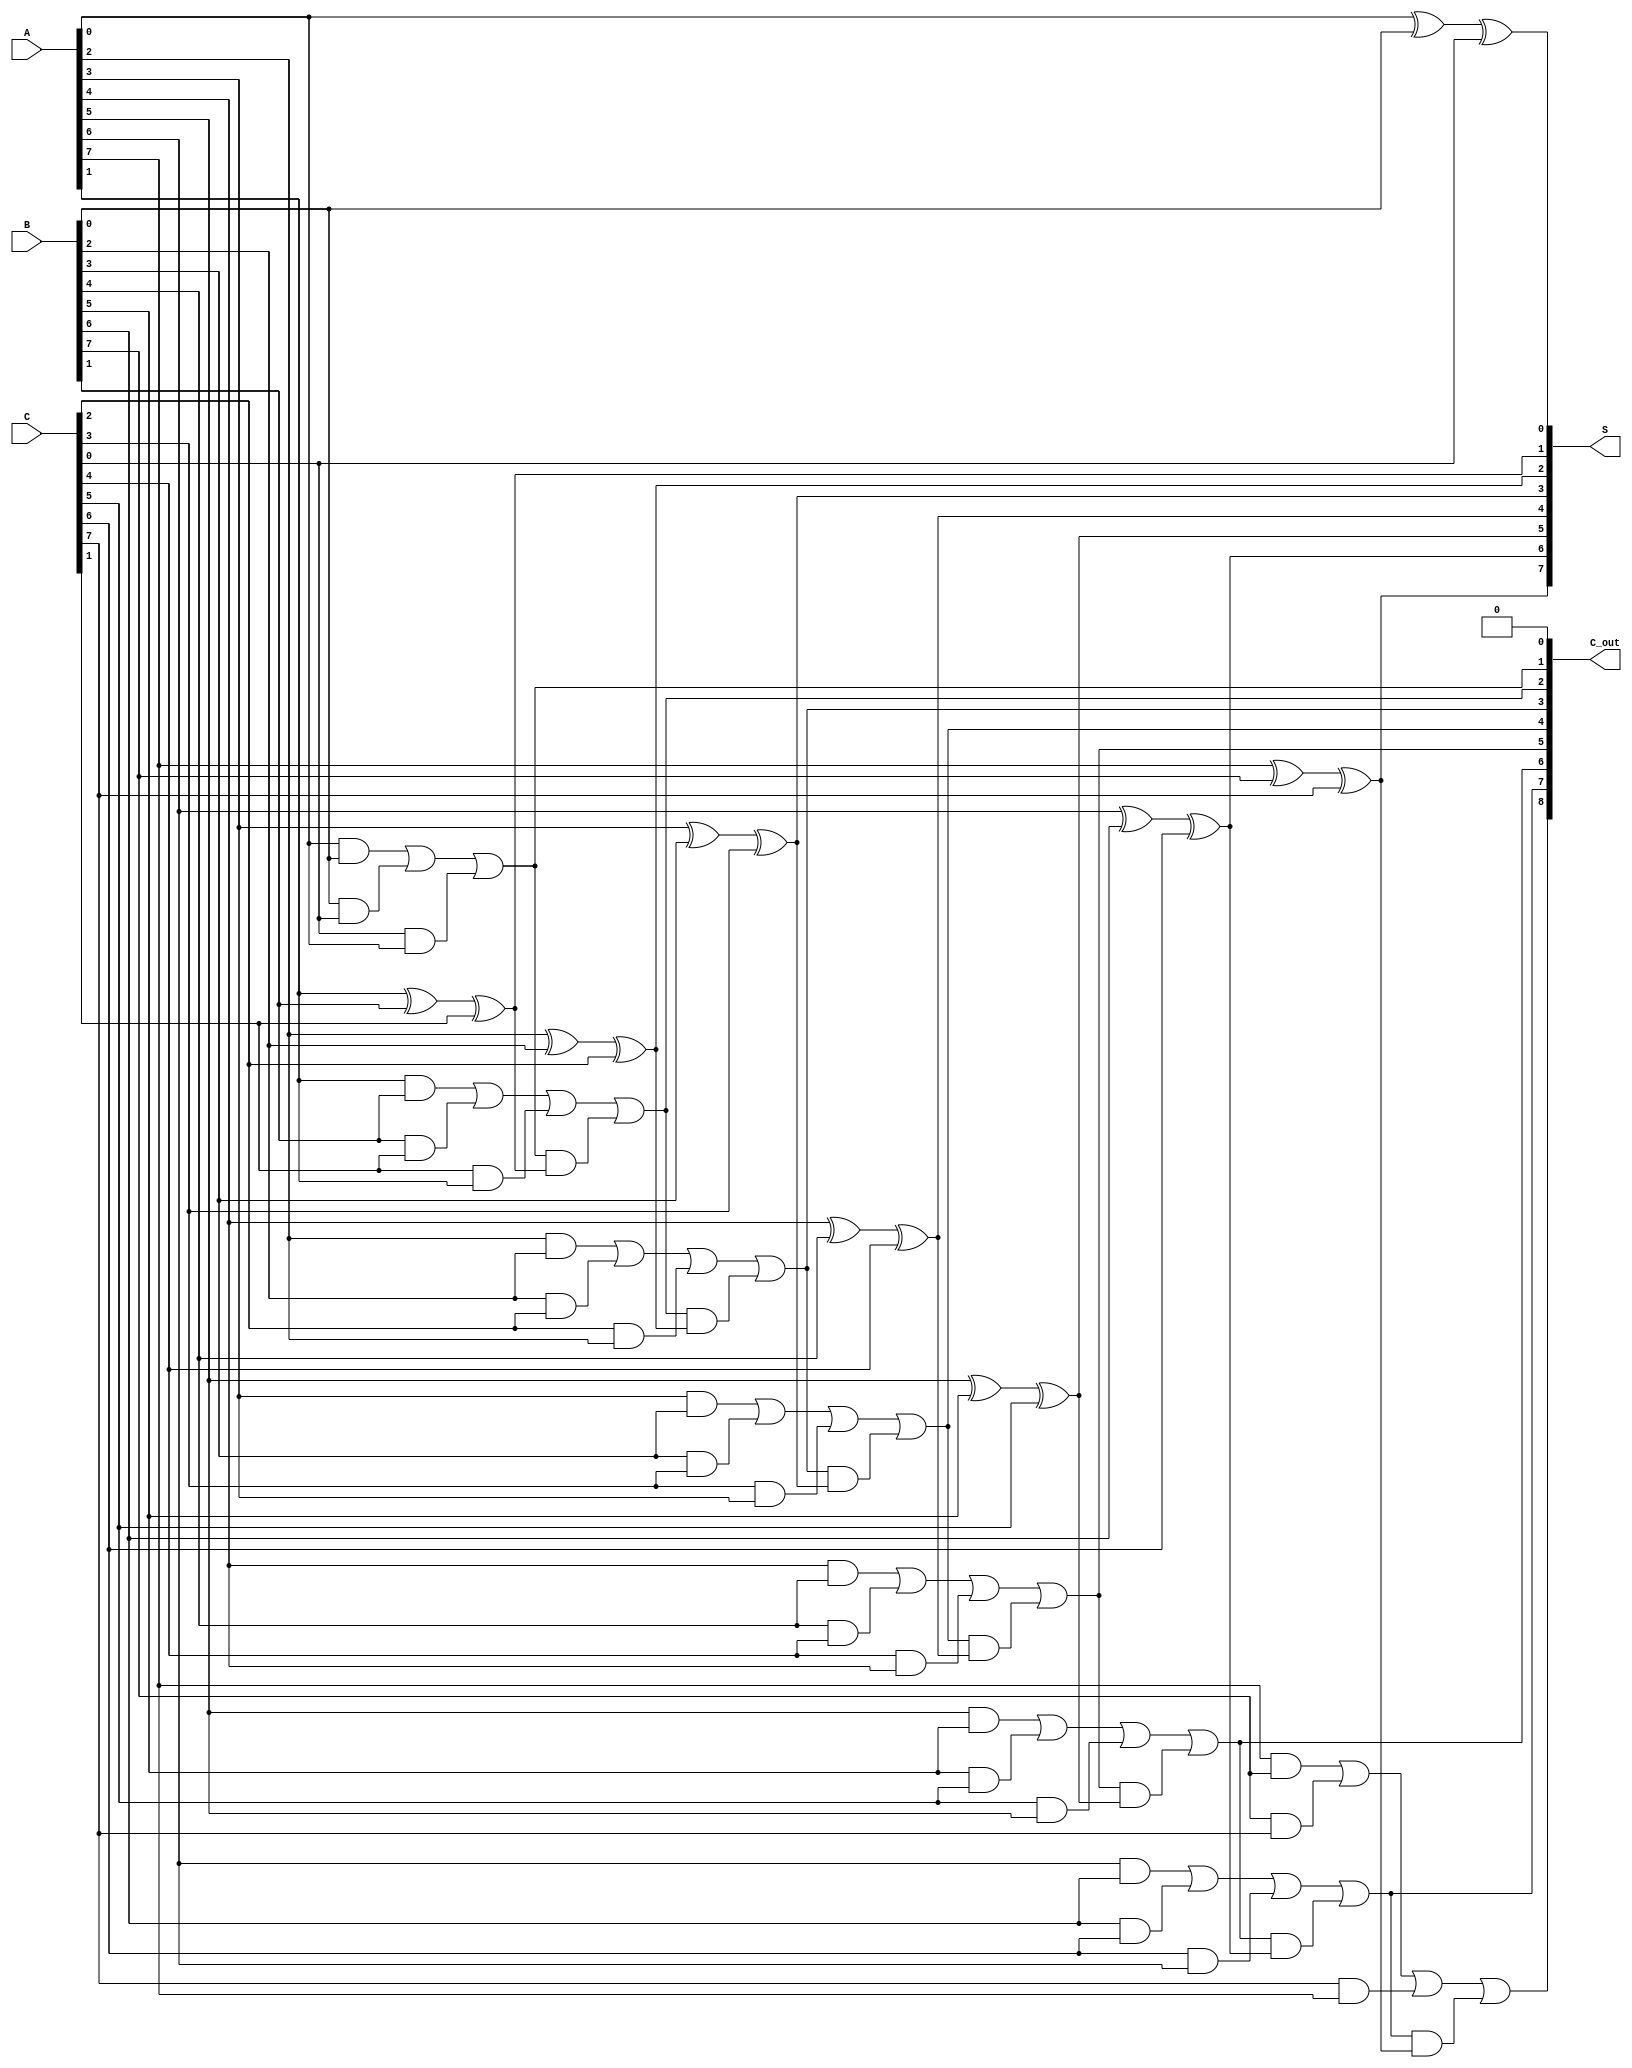
module Dynamic_Carry_Save_Adder (
    input  wire [N-1:0] A,  // First input
    input  wire [N-1:0] B,  // Second input
    input  wire [N-1:0] C,  // Third input
    output wire [N-1:0] S,  // Sum output
    output wire [N:0]   C_out // Carry output (N+1 bits)
);
    parameter N = 8; // Bit-width of inputs

    // Intermediate carry signals
    wire [N-1:0] carry;

    // Carry generation using AND gates
    generate
        genvar i;
        for (i = 0; i < N; i = i + 1) begin: carry_gen
            assign carry[i] = (A[i] & B[i]) | (B[i] & C[i]) | (C[i] & A[i]);
        end
    endgenerate

    // Sum calculation using XOR gates
    generate
        for (i = 0; i < N; i = i + 1) begin: sum_calc
            assign S[i] = A[i] ^ B[i] ^ C[i];
        end
    endgenerate

    // Carry output (N+1 bits)
    assign C_out[0] = 0; // No carry-in for the first stage
    generate
        for (i = 0; i < N; i = i + 1) begin: carry_out
            assign C_out[i + 1] = carry[i] | (C_out[i] & (A[i] ^ B[i] ^ C[i]));
        end
    endgenerate

endmodule